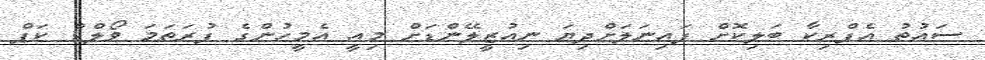
ސައުތު އެފްރިކާ ބަލިކޮށް ފައިނަލަށްދިޔަ ނިއުޒީލޭންޑަށް މިއީ އެމީހުންގެ ފުރަތަމަ ވޯލްޑް ކަޕް